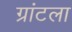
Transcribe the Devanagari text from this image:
ग्रांटला